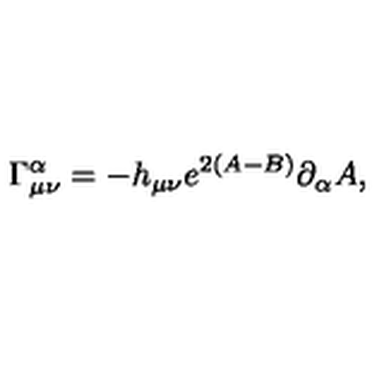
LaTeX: \Gamma _ { \mu \nu } ^ { \alpha } = - h _ { \mu \nu } e ^ { 2 ( A - B ) } \partial _ { \alpha } A ,